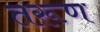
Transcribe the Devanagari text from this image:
तरूण